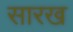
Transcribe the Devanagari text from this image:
सारख